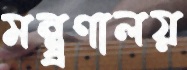
মন্ত্র্রণালয়